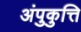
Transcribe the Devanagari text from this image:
अंपुकुत्ति